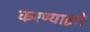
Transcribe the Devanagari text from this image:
करण्याद्वारे